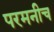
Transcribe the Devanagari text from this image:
परमनीच